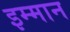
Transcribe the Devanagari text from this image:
इम्मान